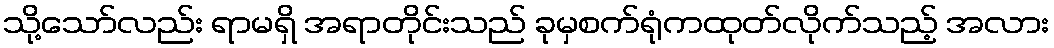
သို့သော်လည်း ရာမရှိ အရာတိုင်းသည် ခုမှစက်ရုံကထုတ်လိုက်သည့် အလား